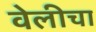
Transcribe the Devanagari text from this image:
वेलीचा